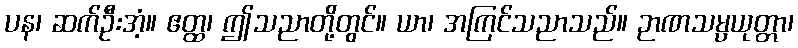
ပန၊ ဆက်ဦးအံ့။ ဧတ္ထ၊ ဤသညာတို့တွင်။ ယာ၊ အကြင်သညာသည်။ ဉာဏသမ္ပယုတ္တာ၊